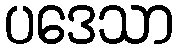
ပဒေသာ